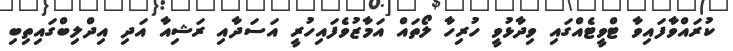
ކުރައްވާފައިވާ ޓްވީޓެއްގައި ވިދާޅުވީ ހުރިހާ ލޯތައް އަމާޒުވެފައިހުރީ އަސަދާއި ރަޝިއާ އަދި އިދްލިބްގައިތިބި